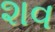
શવ